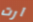
آرت